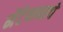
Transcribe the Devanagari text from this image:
मेंटेनन्सचे